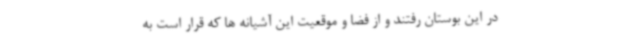
در این بوستان رفتند و از فضا و موقعیت این آشیانه ها که قرار است به